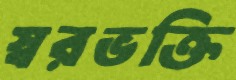
স্বরভক্তি